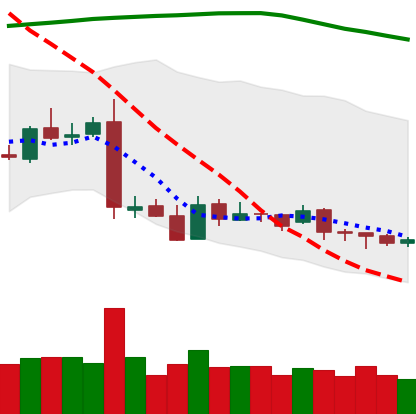
Ticker: XRP-USD
Chart end date: 2019-01-24
Forward return: -8.829%
Label: down_7plus